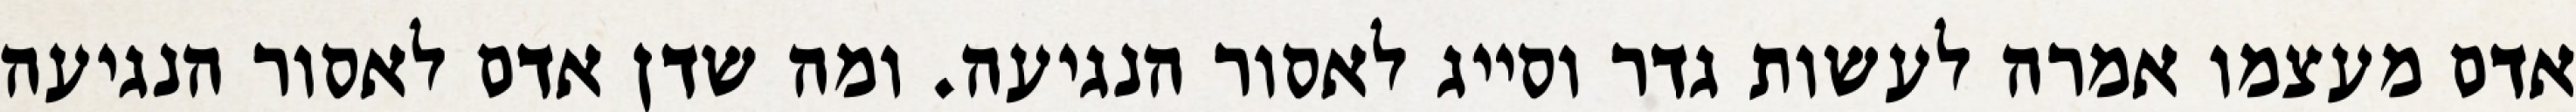
אדם מעצמו אמרה לעשות גדר וסייג לאסור הנגיעה. ומה שדן אדם לאסור הנגיעה